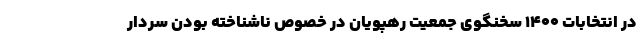
در انتخابات ۱۴۰۰ سخنگوی جمعیت رهپویان در خصوص ناشناخته بودن سردار